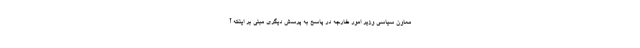
معاون سیاسی وزیر امور خارجه در پاسخ به پرسش دیگری مبنی بر اینکه آ